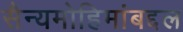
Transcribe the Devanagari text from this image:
सैन्यमोहिमांबद्दल